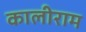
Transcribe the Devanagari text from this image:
कालीराम